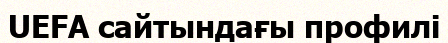
UEFA сайтындағы профилі